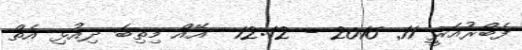
ފެބްރުއަރީ 11